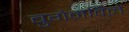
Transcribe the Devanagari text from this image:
बुगेनविले